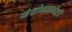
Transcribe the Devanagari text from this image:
संशोधनभेटी